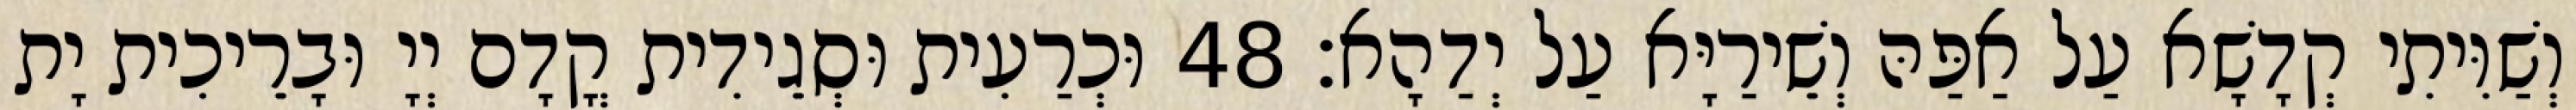
וְשַׁוִּיתִי קְדָשָׁא עַל אַפַּהּ וְשֵׁירַיָּא עַל יְדַהָא׃ 48 וּכְרַעִית וּסְגֵידִית קֳדָם יְיָ וּבָרֵיכִית יָת